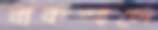
বাকশালে